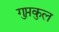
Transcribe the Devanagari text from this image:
गुप्तकुल